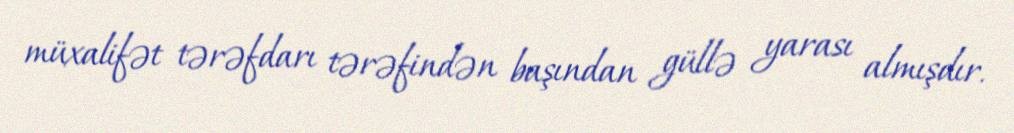
müxalifət tərəfdarı tərəfindən başından güllə yarası almışdır.